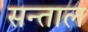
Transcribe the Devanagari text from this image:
सन्ताल